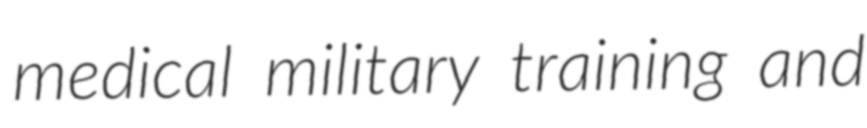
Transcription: medical military training and